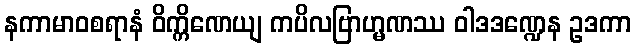
နကာမာဝစရာနံ ဝိက္ကိဏေယျ ကပိလဗြာဟ္မဏဿ ဝါဒဒဏ္ဍေန ဥဒကာ